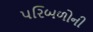
પરિબળોની